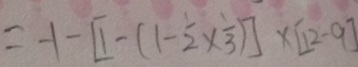
= - 1 - [ 1 - ( \frac { 1 } { 2 } \times \frac { 1 } { 3 } ) ] \times [ 1 2 - 9 ]